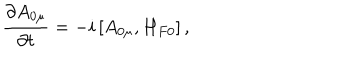
LaTeX: \frac { \partial A _ { 0 \mu } } { \partial t } = - i \left[ A _ { 0 \mu } , H _ { F 0 } \right] ,